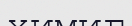
химиг